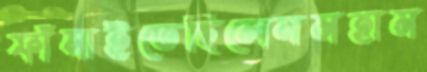
ফাঁসাইতেছিলেনমহাম